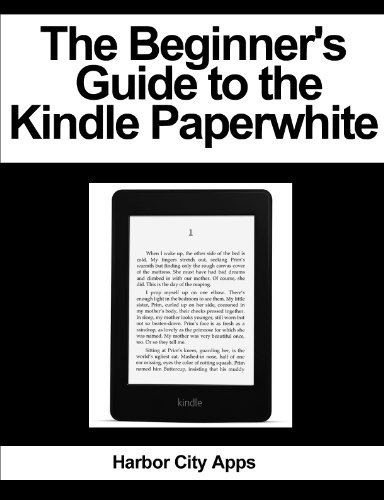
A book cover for The Beginner's Guide to the Kindle Paperwhite; Harbor City Apps; Computers & Technology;